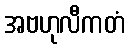
အဗဟုလီကတံ